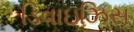
ડિવાઇઝિસ